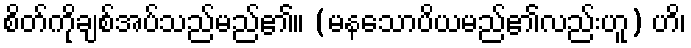
စိတ်ကိုချစ်အပ်သည်မည်၏။ (မနသောပိယမည်၏လည်းဟူ) ဟိ၊